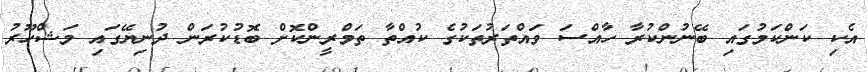
އެކި ކަންކަމުގައި ބޭނުންކުރާ ހާއްސަ ވައްތަރުތަކުގެ ކުއްތާ ތަމްރީންކޮށް ބޮޑުކުރަން ދުނިޔޭގައި މަޝްހޫރު